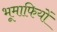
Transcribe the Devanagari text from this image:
भूमाफियों